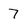
Character: 7